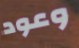
وعود